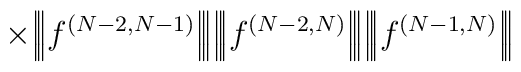
\times\Big|\!\Big|\!\Big| f^{(N-2,N-1)} \Big|\!\Big|\!\Big|\Big|\!\Big|\!\Big| f^{(N-2,N)} \Big|\!\Big|\!\Big|\Big|\!\Big|\!\Big| f^{(N-1,N)} \Big|\!\Big|\!\Big|